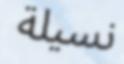
نسيلة